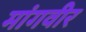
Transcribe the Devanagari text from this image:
मांगवीर